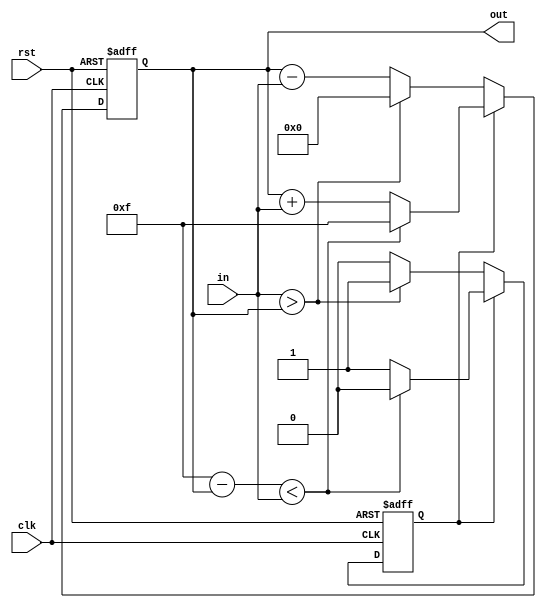
`timescale 1ns / 1ps
module counter(out, clk, rst, in);
  output reg [3:0] out;
  input clk;
  input rst; 
  input [1:0] in;
  reg updown;

always@(posedge clk or posedge rst )
begin
  if(rst)
    begin
    out=4'b0;
    updown=1'b1;
    end
  else
    if(updown==1'b1)
      begin
         if ((4'b1111-out)<in)
          begin
              out=4'b1111;
              updown=1'b0;
          end
         else out=out+in;
      end 
  else
   if(updown==1'b0)
    begin
      if(in>out)
        begin
        out=4'b0;
        updown=1'b1;
        end
      else  
      out=out-in;
   end   
           
end

endmodule